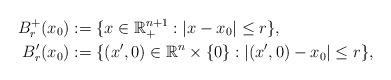
LaTeX: \begin{align*}B_{r}^{+}(x_{0})&:=\{x\in\mathbb{R}_{+}^{n+1}:|x-x_{0}|\le r\}, \\ B_{r}'(x_{0})&:=\{(x',0) \in \mathbb{R}^{n}\times\{0\} : |(x',0) - x_{0}| \le r\},\end{align*}